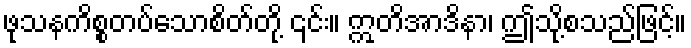
ဖုသနကိစ္စတပ်သောစိတ်တို့ ၎င်း။ ဣတိအာဒိနာ၊ ဤသို့စသည်ဖြင့်။